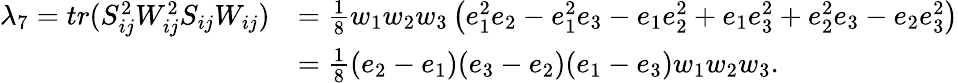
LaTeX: \begin{array}{rl}{\lambda_{7}=tr(S_{ij}^{2}W_{ij}^{2}S_{ij}W_{ij})}&{=\frac 18w_{1}w_{2}w_{3}\left(e_{1}^{2}e_{2}-e_{1}^{2}e_{3}-e_{1}e_{2}^{2}+e_{1}e_{3}^{2}+e_{2}^{2}e_{3}-e_{2}e_{3}^{2}\right)}\\ &{=\frac 18(e_{2}-e_{1})(e_{3}-e_{2})(e_{1}-e_{3})w_{1}w_{2}w_{3}.}\end{array}